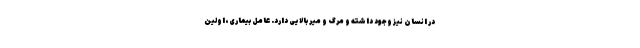
در انسان نیز وجود داشته و مرگ و میر بالایی دارد. عامل بیماری، اولین